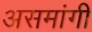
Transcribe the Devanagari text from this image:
असमांगी